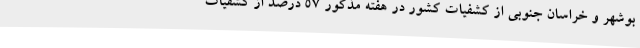
بوشهر و خراسان جنوبی از کشفیات کشور در هفته مذکور ۵۷ درصد از کشفیات